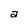
Character: a